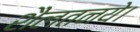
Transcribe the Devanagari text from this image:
शैलतनये।